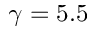
\gamma = 5 . 5